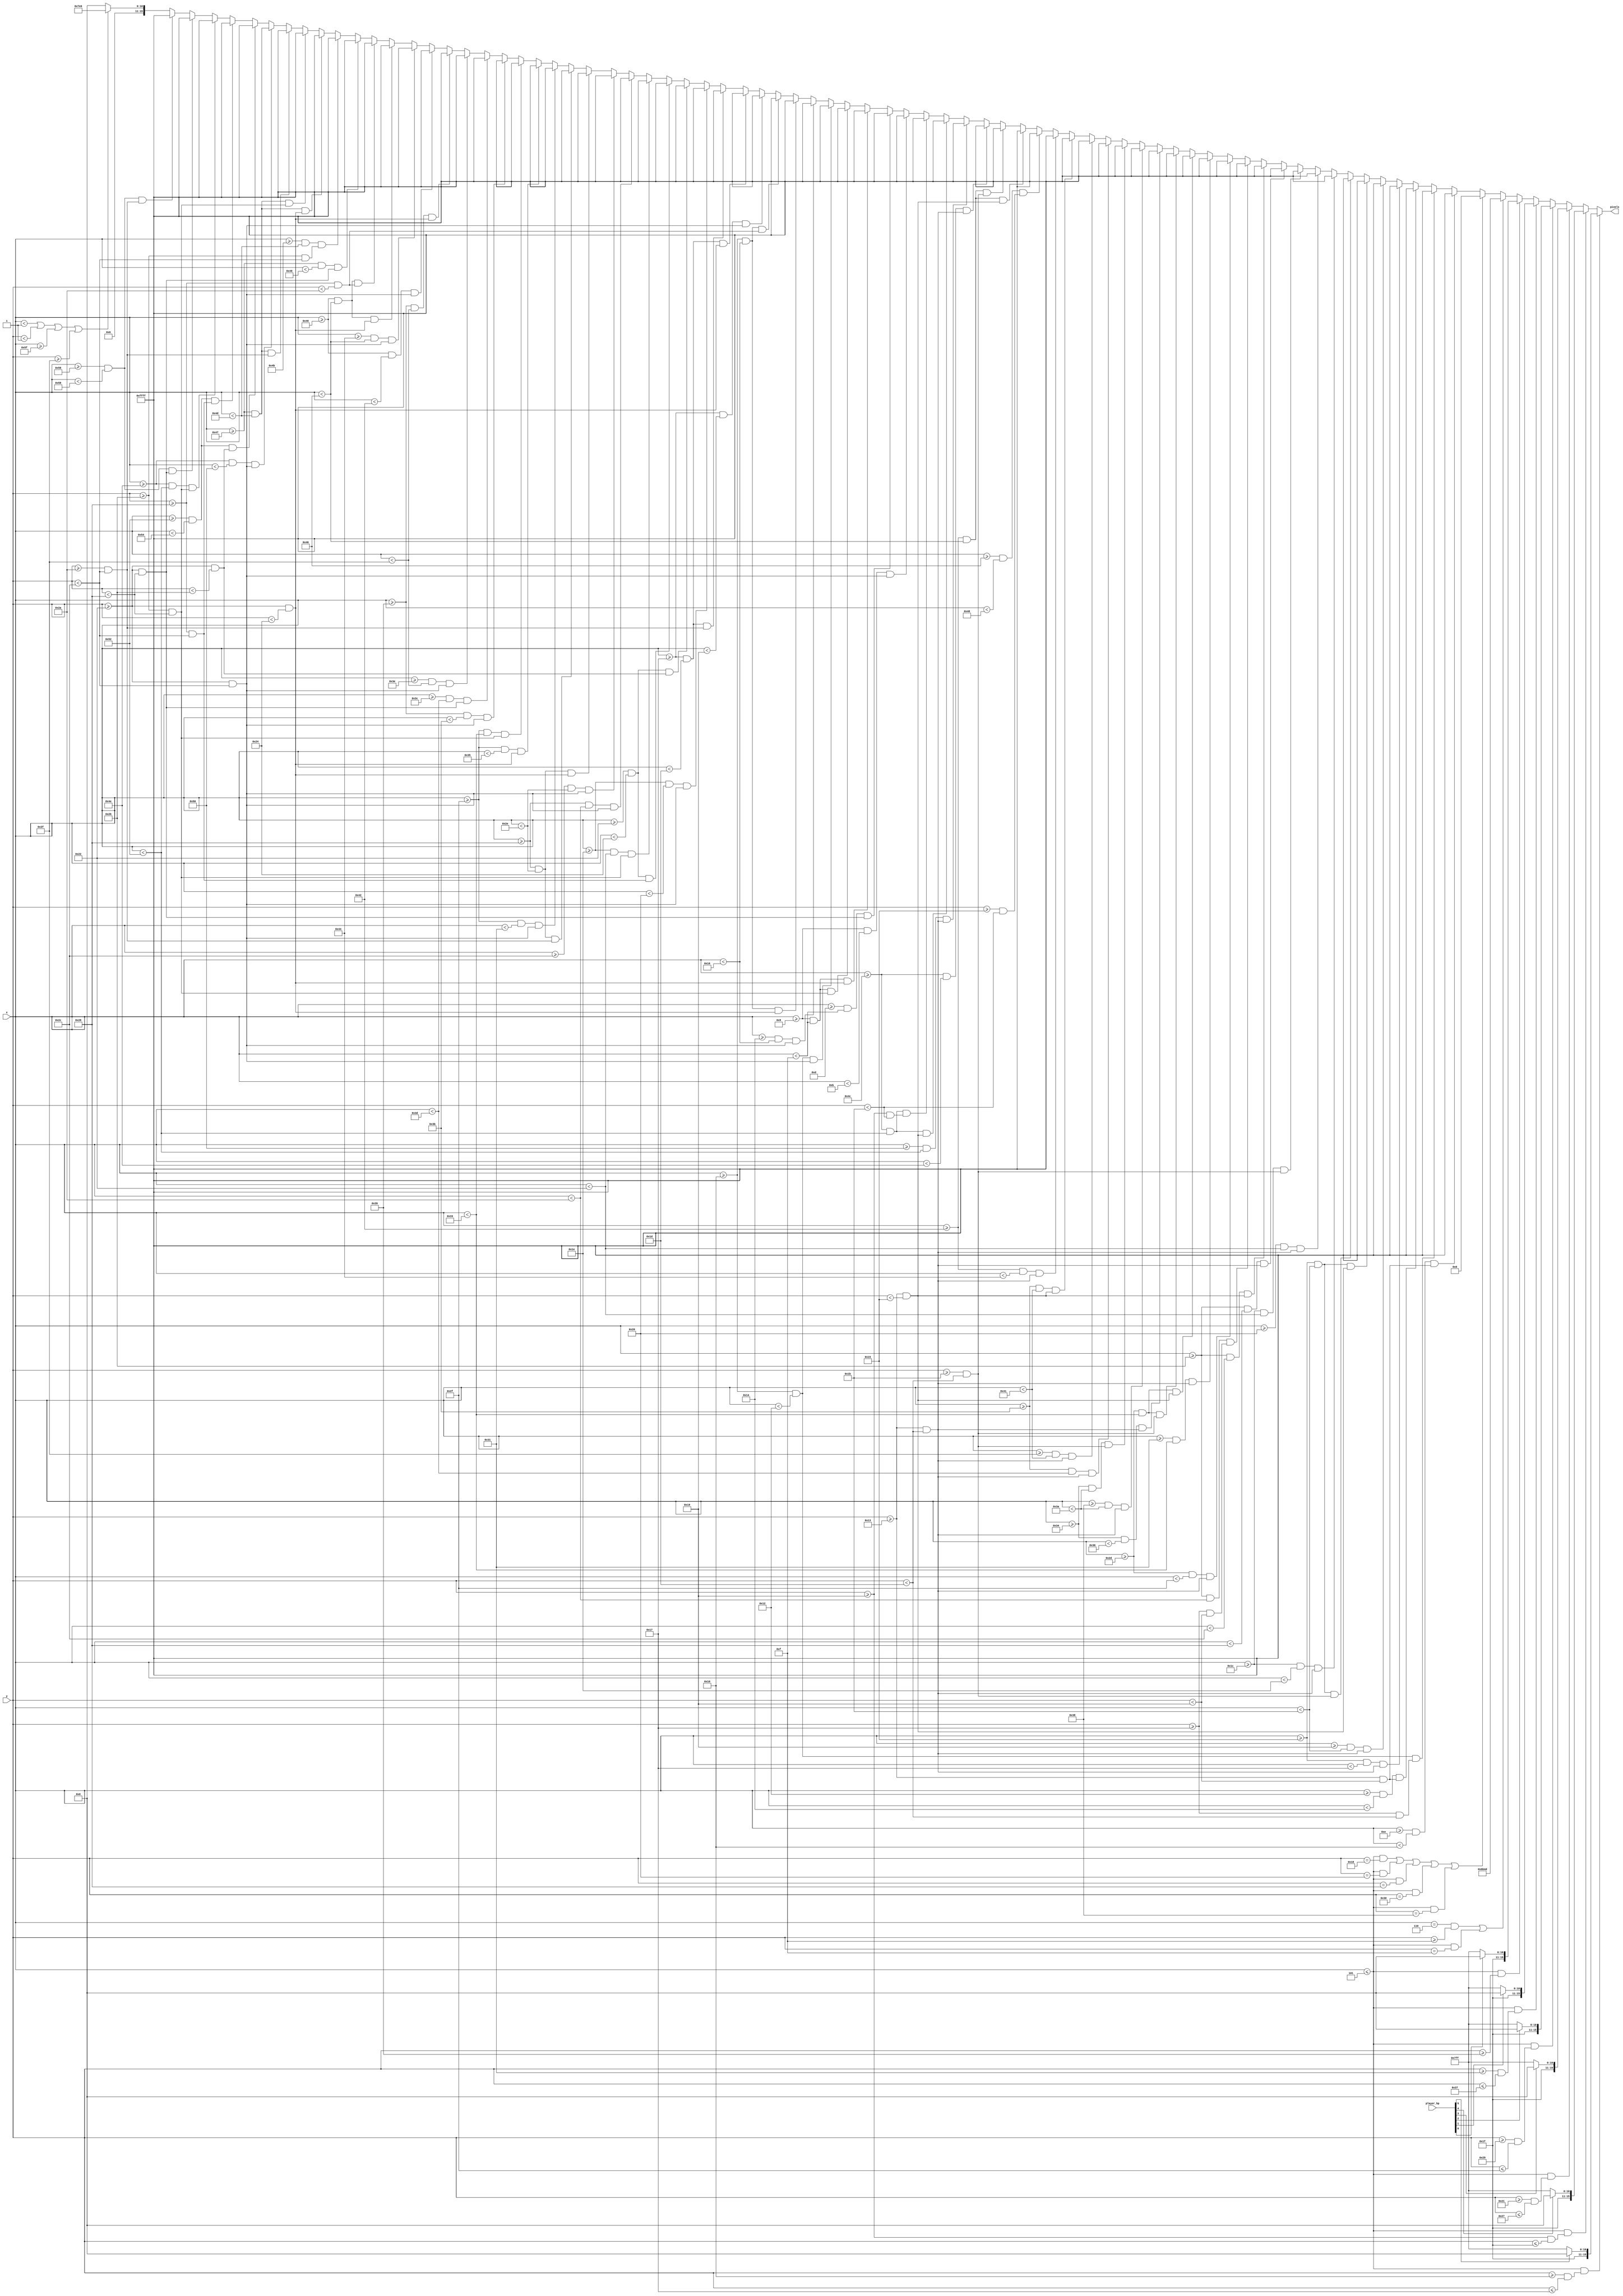
`timescale 1ns / 1ps
//////////////////////////////////////////////////////////////////////////////////
// Company: 
// Engineer: 
// 
// Design Name: 
// Module Name: treasure_pretext
// Project Name: 
// Target Devices: 
// Tool Versions: 
// Description: 
// 
// Dependencies: 
// 
// Revision:
// Revision 0.01 - File Created
// Additional Comments:
// 
//////////////////////////////////////////////////////////////////////////////////


module treasure_pretext(
    input [6:0] x,
    input [5:0] y,
    input [5:0] player_hp,
    output reg [15:0] pixels
    );
    
    always @ (*) begin
         // player hp
              if ((x <= 5) && (y >= 16 && y <= 23)) pixels = (player_hp[5]) ? 16'hF800 : 16'hFFFF;
         else if ((x <= 5) && (y >= 25 && y <= 31)) pixels = (player_hp[4]) ? 16'hF800 : 16'hFFFF;
         else if ((x <= 5) && (y >= 33 && y <= 39)) pixels = (player_hp[3]) ? 16'hF800 : 16'hFFFF;
         else if ((x <= 5) && (y >= 41 && y <= 47)) pixels = (player_hp[2]) ? 16'hF800 : 16'hFFFF;
         else if ((x <= 5) && (y >= 49 && y <= 55)) pixels = (player_hp[1]) ? 16'hF800 : 16'hFFFF;
         else if ((x <= 5) && (y >= 57           )) pixels = (player_hp[0]) ? 16'hF800 : 16'hFFFF;
         
         else if ((x == 6 && y >= 15) || (x <= 5 && y == 15)) pixels = 16'h6B4D;
         else if ((x <= 5 && y == 24) || (x <= 5 && y == 32) || (x <= 5 && y == 40) || (x <= 5 && y == 48) || (x <= 5 && y == 56)) pixels = 16'h0000;
         
         else if ((x >= 14   && x < 14+2) && (y >= 19   && y < 19+6))      pixels = 16'hFFFF;
         else if ((x >= 14+2 && x < 14+4) && (y >= 19+4 && y < 19+10))     pixels = 16'hFFFF;
         else if ((x >= 14+4 && x < 14+6) && (y >= 19   && y < 19+6))      pixels = 16'hFFFF;
         else if ((x >= 21 && x < 21+2)   && (y >= 19 && y < 19+10))       pixels = 16'hFFFF;
         else if ((x >= 21+4 && x < 21+6) && (y >= 19 && y < 19+10))       pixels = 16'hFFFF;
         else if ((x >= 21 && x < 21+6)   && (y >= 19 && y < 19+2))        pixels = 16'hFFFF;
         else if ((x >= 21 && x < 21+6)   && (y >= 19+8 && y < 19+10))     pixels = 16'hFFFF;
         else if ((x >= 28 && x < 28+2)   && (y >= 19 && y < 19+10))       pixels = 16'hFFFF;
         else if ((x >= 28+4 && x < 28+6) && (y >= 19 && y < 19+10))       pixels = 16'hFFFF;
         else if ((x >= 28 && x < 28+6)   && (y >= 19+8 && y < 19+10))     pixels = 16'hFFFF;
         else if ((x >= 38 && x < 38+2)   && (y >= 19 && y < 19+10))       pixels = 16'hFFFF;
         else if ((x >= 38 && x < 38+6)   && (y >= 19 && y < 19+2))        pixels = 16'hFFFF;
         else if ((x >= 38 && x < 38+4)   && (y >= 19+4 && y < 19+6))      pixels = 16'hFFFF;
         else if ((x >= 45 && x < 45+2)   && (y >= 19 && y < 19+10))       pixels = 16'hFFFF;
         else if ((x >= 45+4 && x < 45+6) && (y >= 19 && y < 19+10))       pixels = 16'hFFFF;
         else if ((x >= 45 && x < 45+6)   && (y >= 19 && y < 19+2))        pixels = 16'hFFFF;
         else if ((x >= 45 && x < 45+6)   && (y >= 19+8 && y < 19+10))     pixels = 16'hFFFF;
         else if ((x >= 52 && x < 52+2)   && (y >= 19 && y < 19+10))       pixels = 16'hFFFF;
         else if ((x >= 52+4 && x < 52+6) && (y >= 19 && y < 19+10))       pixels = 16'hFFFF;
         else if ((x >= 52 && x < 52+6)   && (y >= 19+8 && y < 19+10))     pixels = 16'hFFFF;
         else if ((x >= 59 && x < 59+2)   && (y >= 19 && y < 19+10))       pixels = 16'hFFFF;
         else if ((x >= 59+4 && x < 59+6) && (y >= 19 && y < 19+10))       pixels = 16'hFFFF;
         else if ((x >= 59 && x < 59+6)   && (y >= 19 && y < 19+2))        pixels = 16'hFFFF;
         else if ((x >= 66 && x < 66+2)   && (y >= 19 && y < 19+10))       pixels = 16'hFFFF;
         else if ((x >= 66+4 && x < 66+6) && (y >= 19+2 && y < 19+8))      pixels = 16'hFFFF;
         else if ((x >= 66 && x < 66+4)   && (y >= 19 && y < 19+2))        pixels = 16'hFFFF;
         else if ((x >= 66 && x < 66+4)   && (y >= 19+8 && y < 19+10))     pixels = 16'hFFFF;
         else if ((x >= 76 && x < 76+2)   && (y >= 19 && y < 19+10))       pixels = 16'hFFFF;
         else if ((x >= 76+4 && x < 76+6) && (y >= 19 && y < 19+10))       pixels = 16'hFFFF;
         else if ((x >= 76 && x < 76+6)   && (y >= 19 && y < 19+2))        pixels = 16'hFFFF;
         else if ((x >= 76 && x < 76+6)   && (y >= 19+6 && y < 19+8))      pixels = 16'hFFFF;
         else if ((x >= 9 && x < 9+2)   && (y >= 34 && y < 34+10))         pixels = 16'hFFFF;
         else if ((x >= 9+4 && x < 9+6) && (y >= 34 && y < 34+6))          pixels = 16'hFFFF;
         else if ((x >= 9 && x < 9+6)   && (y >= 34 && y < 34+2))          pixels = 16'hFFFF;
         else if ((x >= 9 && x < 9+6)   && (y >= 34+4 && y < 34+6))        pixels = 16'hFFFF;
         else if ((x >= 16 && x < 16+2)   && (y >= 34 && y < 34+10))       pixels = 16'hFFFF;
         else if ((x >= 16+4 && x < 16+6) && (y >= 34 && y < 34+10))       pixels = 16'hFFFF;
         else if ((x >= 16 && x < 16+6)   && (y >= 34 && y < 34+2))        pixels = 16'hFFFF;
         else if ((x >= 16 && x < 16+6)   && (y >= 34+6 && y < 34+8))      pixels = 16'hFFFF;
         else if ((x >= 23 && x < 23+2)   && (y >= 34 && y < 34+10))       pixels = 16'hFFFF;
         else if ((x >= 23 && x < 23+6)   && (y >= 34 && y < 34+2))        pixels = 16'hFFFF;
         else if ((x >= 23 && x < 23+6)   && (y >= 34+8 && y < 34+10))     pixels = 16'hFFFF;
         else if ((x >= 30   && x < 30+2) && (y >= 34   && y < 34+10))     pixels = 16'hFFFF;
         else if ((x >= 30+4 && x < 30+6) && (y >= 34   && y < 34+4))      pixels = 16'hFFFF;
         else if ((x >= 30+4 && x < 30+6) && (y >= 34+6 && y < 34+10))     pixels = 16'hFFFF;
         else if ((x >= 30 && x < 30+4) && (y >= 34+4 && y < 34+6))        pixels = 16'hFFFF;
         else if ((x >= 40 && x < 40+2)   && (y >= 34 && y < 34+10))       pixels = 16'hFFFF;
         else if ((x >= 40+4 && x < 40+6) && (y >= 34 && y < 34+10))       pixels = 16'hFFFF;
         else if ((x >= 40 && x < 40+6)   && (y >= 34 && y < 34+2))        pixels = 16'hFFFF;
         else if ((x >= 40 && x < 40+6)   && (y >= 34+8 && y < 34+10))     pixels = 16'hFFFF;
         else if ((x >= 47 && x < 47+2)   && (y >= 34 && y < 34+10))       pixels = 16'hFFFF;
         else if ((x >= 47 && x < 47+6)   && (y >= 34 && y < 34+2))        pixels = 16'hFFFF;
         else if ((x >= 47 && x < 47+4)   && (y >= 34+4 && y < 34+6))      pixels = 16'hFFFF;
         else if ((x >= 57 && x < 57+2)   && (y >= 34 && y < 34+10))       pixels = 16'hFFFF;
         else if ((x >= 57+3 && x < 57+4) && (y >= 34 && y < 34+6))        pixels = 16'hFFFF;
         else if ((x >= 57+5 && x < 57+6) && (y >= 34 && y < 34+10))       pixels = 16'hFFFF;
         else if ((x >= 57 && x < 57+6)   && (y >= 34 && y < 34+2))        pixels = 16'hFFFF;
         else if ((x >= 64 && x < 64+2)   && (y >= 34 && y < 34+10))       pixels = 16'hFFFF;
         else if ((x >= 64+4 && x < 64+6) && (y >= 34 && y < 34+10))       pixels = 16'hFFFF;
         else if ((x >= 64 && x < 64+6)   && (y >= 34 && y < 34+2))        pixels = 16'hFFFF;
         else if ((x >= 64 && x < 64+6)   && (y >= 34+6 && y < 34+8))      pixels = 16'hFFFF;
         else if ((x >= 71 && x < 71+2)   && (y >= 34 && y < 34+6))        pixels = 16'hFFFF;
         else if ((x >= 71+4 && x < 71+6) && (y >= 34+4 && y < 34+10))     pixels = 16'hFFFF;
         else if ((x >= 71 && x < 71+6)   && (y >= 34 && y < 34+2))        pixels = 16'hFFFF;
         else if ((x >= 71 && x < 71+6)   && (y >= 34+4 && y < 34+6))      pixels = 16'hFFFF;
         else if ((x >= 71 && x < 71+6)   && (y >= 34+8 && y < 34+10))     pixels = 16'hFFFF;
         else if ((x >= 78   && x < 78+2) && (y >= 34   && y < 34+10))     pixels = 16'hFFFF;
         else if ((x >= 78+4 && x < 78+6) && (y >= 34   && y < 34+4))      pixels = 16'hFFFF;
         else if ((x >= 78+4 && x < 78+6) && (y >= 34+6 && y < 34+10))     pixels = 16'hFFFF;
         else if ((x >= 78 && x < 78+4) && (y >= 34+4 && y < 34+6))        pixels = 16'hFFFF;
         else if ((x >= 86 && x < 86+2) && (y >= 34   && y < 34+6))        pixels = 16'hFFFF;
         else if ((x >= 86 && x < 86+2) && (y >= 34+8 && y < 34+10))       pixels = 16'hFFFF;
         
         else if (x < 1 || y < 1 || x >= 95 || y >= 63)                    pixels = 16'h07E0;
         else pixels = 16'h0000;
    end

endmodule